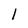
Character: 1